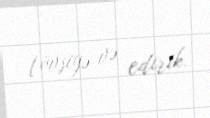
tövsiyə və edirik.